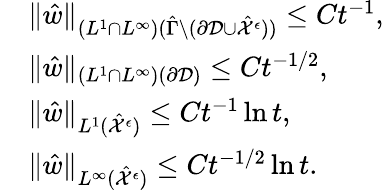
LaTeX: \begin{array}{rl}&{\| \hat{w}\| _{(L^{1}\cap L^{\infty})(\hat{\Gamma}\setminus(\partial\mathcal{D}\cup\hat{\mathcal{X}}^{\epsilon}))}\leq Ct^{-1},}\\ &{\| \hat{w}\| _{(L^{1}\cap L^{\infty})(\partial\mathcal{D})}\leq Ct^{-1/2},}\\ &{\| \hat{w}\| _{L^{1}(\hat{\mathcal{X}}^{\epsilon})}\leq Ct^{-1}\ln t,}\\ &{\| \hat{w}\| _{L^{\infty}(\hat{\mathcal{X}}^{\epsilon})}\leq Ct^{-1/2}\ln t.}\end{array}